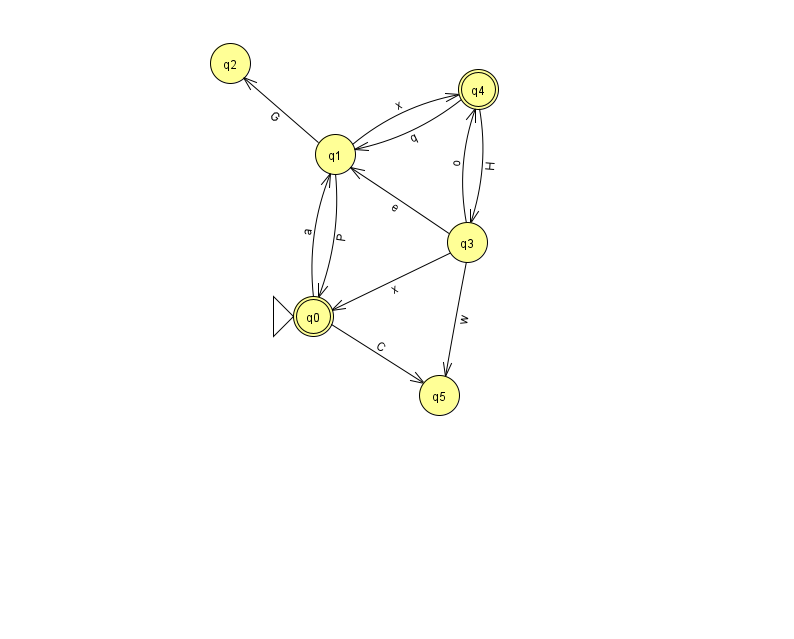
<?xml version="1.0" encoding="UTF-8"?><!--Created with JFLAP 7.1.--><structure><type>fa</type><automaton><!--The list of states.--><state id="0" name="q0"><x>313.0</x><y>303.0</y><initial/><final/></state><state id="1" name="q1"><x>335.0</x><y>141.0</y></state><state id="2" name="q2"><x>230.0</x><y>50.0</y></state><state id="3" name="q3"><x>467.0</x><y>229.0</y></state><state id="4" name="q4"><x>478.0</x><y>76.0</y><final/></state><state id="5" name="q5"><x>439.0</x><y>382.0</y></state><!--The list of transitions.--><transition><from>1</from><to>4</to><read>x</read></transition><transition><from>3</from><to>4</to><read>o</read></transition><transition><from>3</from><to>1</to><read>e</read></transition><transition><from>3</from><to>0</to><read>x</read></transition><transition><from>4</from><to>3</to><read>H</read></transition><transition><from>0</from><to>5</to><read>C</read></transition><transition><from>4</from><to>1</to><read>q</read></transition><transition><from>1</from><to>0</to><read>P</read></transition><transition><from>0</from><to>1</to><read>a</read></transition><transition><from>1</from><to>2</to><read>G</read></transition><transition><from>3</from><to>5</to><read>w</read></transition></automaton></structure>